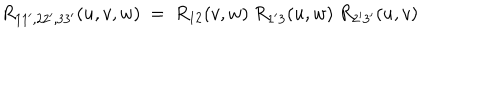
LaTeX: R _ { 1 1 ^ { \prime } , 2 2 ^ { \prime } , 3 3 ^ { \prime } } ( u , v , w ) \ = \ R _ { 1 2 } ( v , w ) \ R _ { 1 ^ { \prime } 3 } ( u , w ) \ R _ { 2 ^ { \prime } 3 ^ { \prime } } ( u , v )